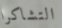
التشاكرا